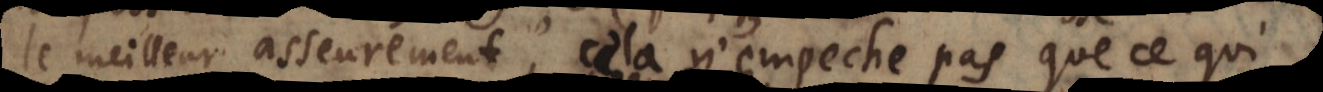
le meilleur asseurement, cela n’empeche pas que ce qui